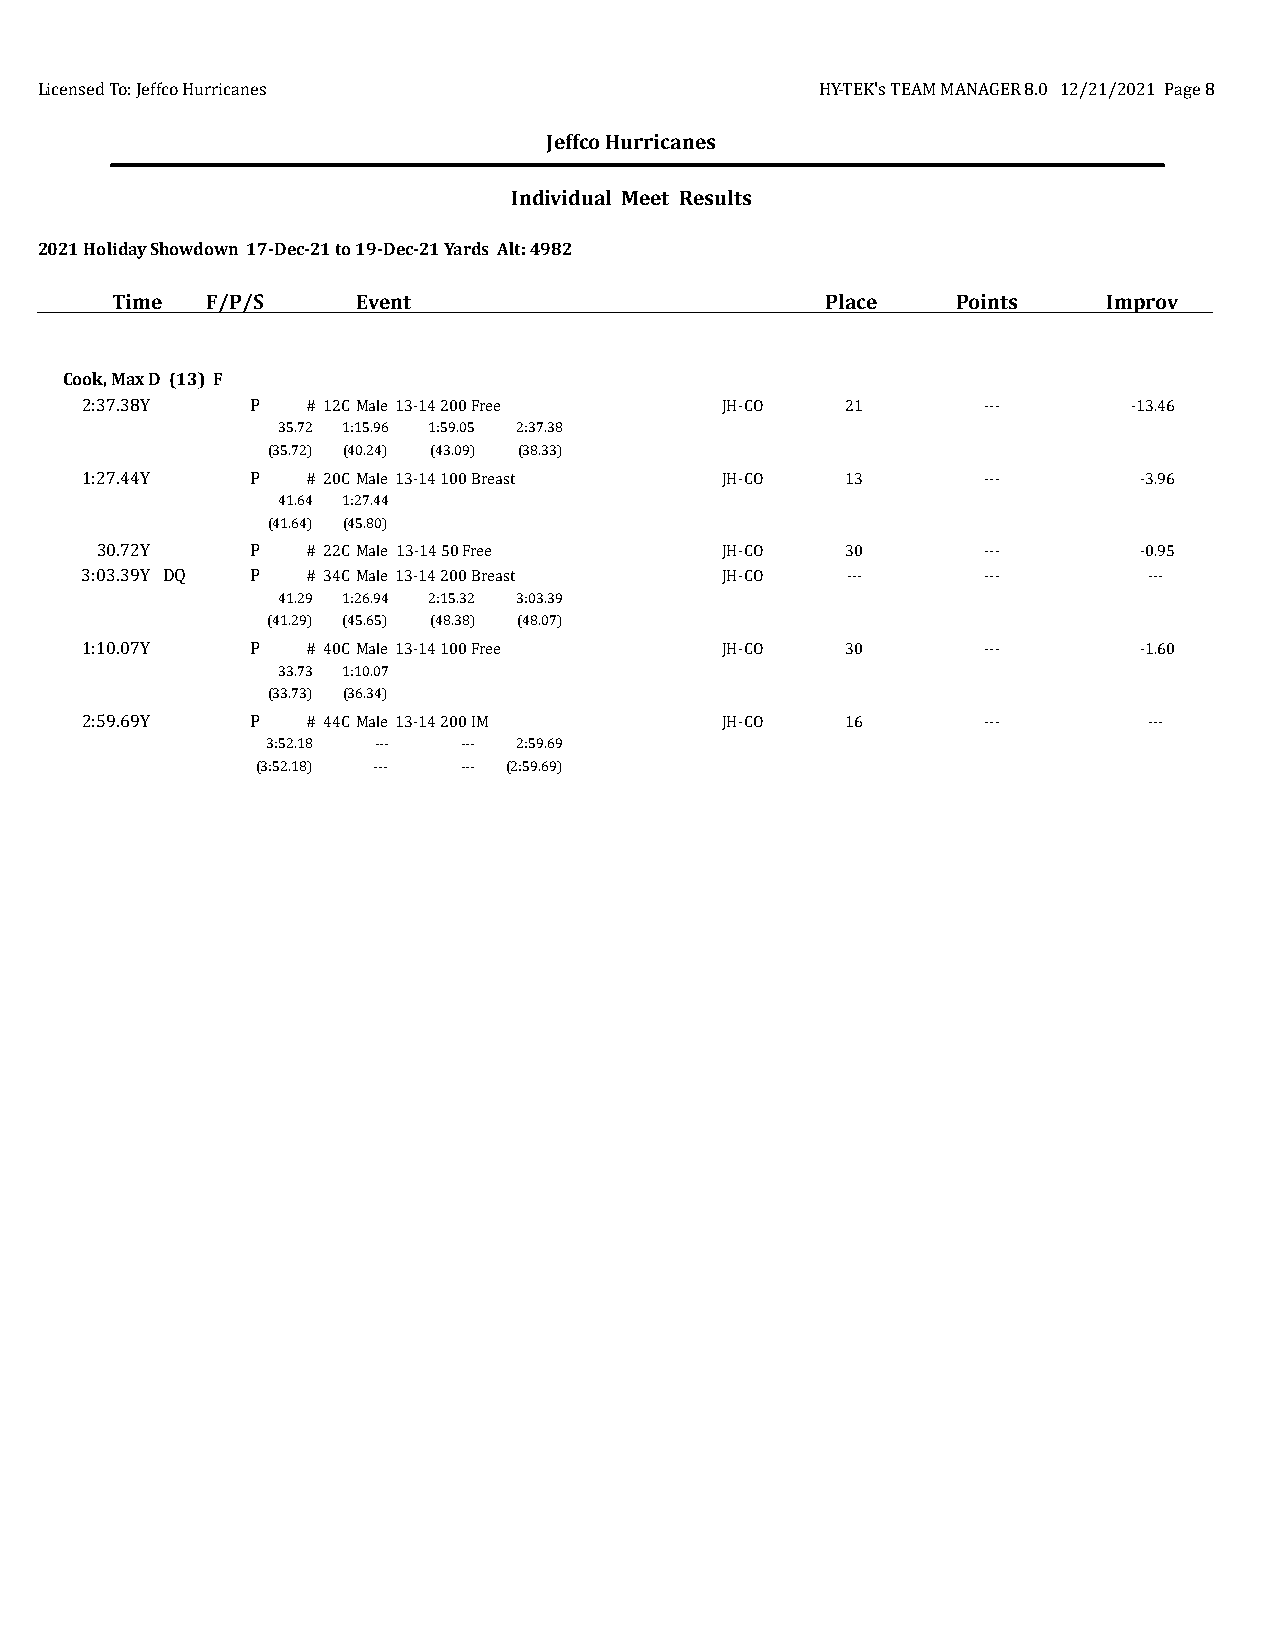
Licensed To: Jeffco Hurricanes                      HY-TEK's TEAM MANAGER 8.0 12/21/2021 Page 8
 Jeffco Hurricanes
 Individual Meet Results
 2021 Holiday Showdown 17-Dec-21 to 19-Dec-21 Yards Alt: 4982
 Time   F/P/S     Event                          Place   Points    Improv
 Cook, Max D (13) F
 2:37.38Y    P  # 12CMale 13-14 200 Free    JH-CO   21       ---       -13.46
 35.72 1:15.96 1:59.05 2:37.38
 (35.72) (40.24) (43.09) (38.33)
 1:27.44Y    P  # 20CMale 13-14 100 Breast  JH-CO   13       ---       -3.96
 41.64 1:27.44
 (41.64) (45.80)
 30.72Y     P  # 22CMale 13-14 50 Free     JH-CO   30       ---       -0.95
 3:03.39Y DQ P  # 34CMale 13-14 200 Breast  JH-CO   ---      ---        ---
 41.29 1:26.94 2:15.32 3:03.39
 (41.29) (45.65) (48.38) (48.07)
 1:10.07Y    P  # 40CMale 13-14 100 Free    JH-CO   30       ---       -1.60
 33.73 1:10.07
 (33.73) (36.34)
 2:59.69Y    P  # 44CMale 13-14 200 IM      JH-CO   16       ---        ---
 3:52.18 ---  --- 2:59.69
 (3:52.18) --- --- (2:59.69)